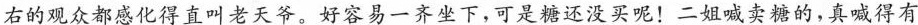
右的观众都感化得直叫老天爷。好容易一齐坐下，可是糖还没买呢！二姐喊卖糖的，真喊得有